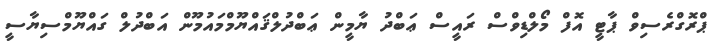
ޕްރޮގްރެސިވް ޕާޓީ އޮފް މޯލްޑިވްސް ރައީސް ޢަބްދު ޔާމީން ޢަބްދުލްޤައްޔޫމްމައުމޫން އަބްދުލް ގައްޔޫމްސިޔާސީ